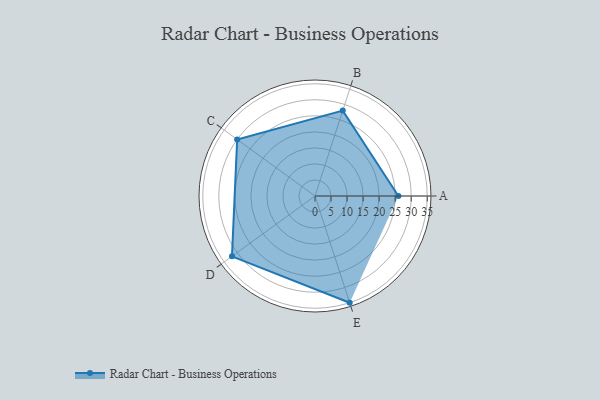
{"axis": {"x": "Skill", "y": "Score"}, "legend": ["Profile"], "data": [{"x": "A", "y": 26.0, "type": "Profile"}, {"x": "B", "y": 28.0, "type": "Profile"}, {"x": "C", "y": 30.0, "type": "Profile"}, {"x": "D", "y": 32.0, "type": "Profile"}, {"x": "E", "y": 35.0, "type": "Profile"}]}